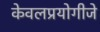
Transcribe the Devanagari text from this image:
केवलप्रयोगीजे